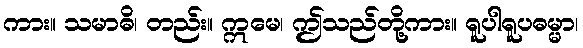
ကား။ သမာဓိ၊ တည်း။ ဣမေ၊ ဤသည်တို့ကား။ ရူပါရူပဓမ္မာ၊